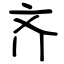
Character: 齐